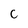
Character: c